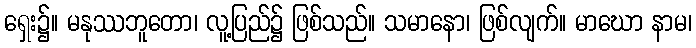
ရှေး၌။ မနုဿဘူတော၊ လူ့ပြည်၌ ဖြစ်သည်။ သမာနော၊ ဖြစ်လျက်။ မာဃော နာမ၊